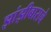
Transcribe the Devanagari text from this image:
झांझीबाराचे